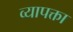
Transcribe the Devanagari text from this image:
व्यापक्ता